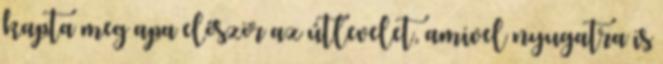
kapta meg apa először az útlevelet, amivel nyugatra is